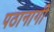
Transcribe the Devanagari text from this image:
पठानागी